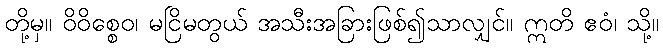
တို့မှ။ ဝိဝိစ္စေဝ၊ မငြိမတွယ် အသီးအခြားဖြစ်၍သာလျှင်။ ဣတိ ဧဝံ၊ သို့။